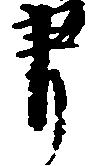
書